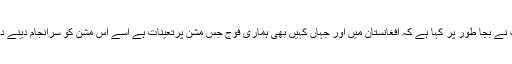
آپ نے بجا طور پر کہا ہے کہ افغانستان میں اور جہاں کہیں بھی ہماری فوج جس مشن پرتعینات ہے اسے اس مشن کو سرانجام دینے دیں۔